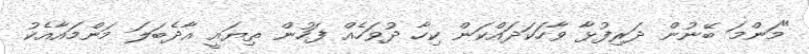
"މަންމަ ބޭނުން ދަރިފުޅާ ވާހަކަދައްކަން ކިހާ ދުވަހެއް ފަހުން ތިޔައީ އާދެބަލަ މަންމައާއެކު